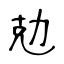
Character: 勊